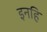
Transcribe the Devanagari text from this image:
इनहि